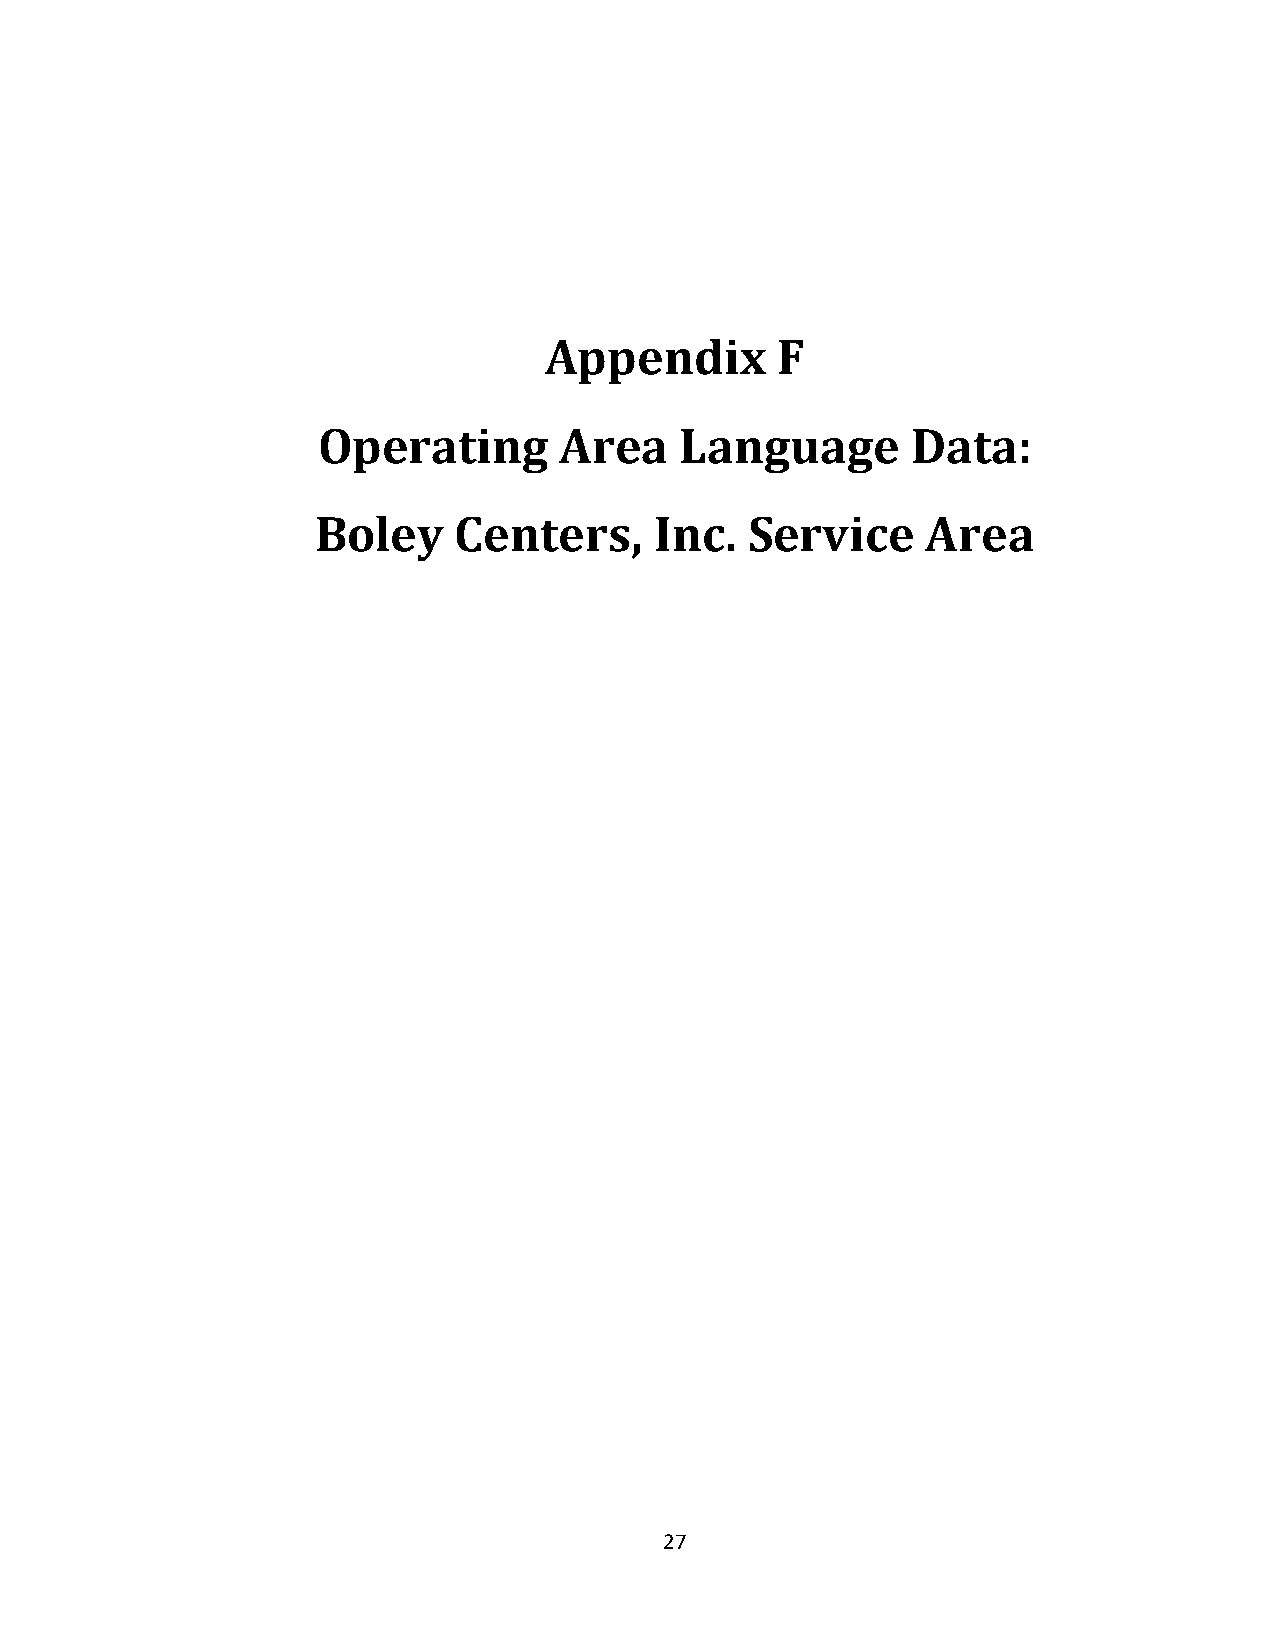
Appendix       F
 Operating       Area    Language       Data:
 Boley    Centers,     Inc.   Service    Area
 27